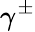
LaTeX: \gamma^{\pm}